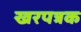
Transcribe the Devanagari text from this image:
खरपत्रक